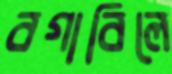
বগাবিলে